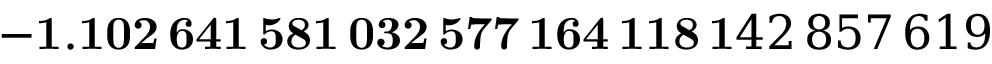
\mathbf { - 1 . 1 0 2 \, 6 4 1 \, 5 8 1 \, 0 3 2 \, 5 7 7 \, 1 6 4 \, 1 1 8 \, 1 } 4 2 \, 8 5 7 \, 6 1 9